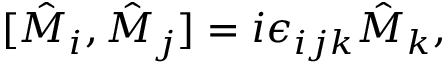
[ \hat { M } _ { i } , \hat { M } _ { j } ] = i \epsilon _ { i j k } \hat { M } _ { k } ,